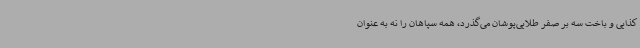
کذایی و باخت سه بر صفر طلایی‌پوشان می‌گذرد، همه سپاهان را نه به عنوان